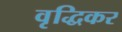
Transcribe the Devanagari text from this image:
वृद्धिकर